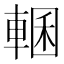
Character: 𮝜